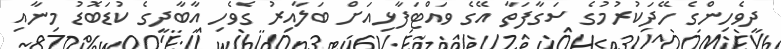
ދިވެހިންގެ ހޭދަކުރުމުގެ ސަގާފަތާ އޭގެ ވައްޓަފާޅިއަށް ބަލާއިރު ގެވެހި އާބާދީގެ ކުޑަބޮޑު މިނާއި